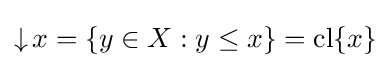
\mathop {\downarrow } x=\{y\in X:y\leq x\}={\textrm {cl}}\{x\}